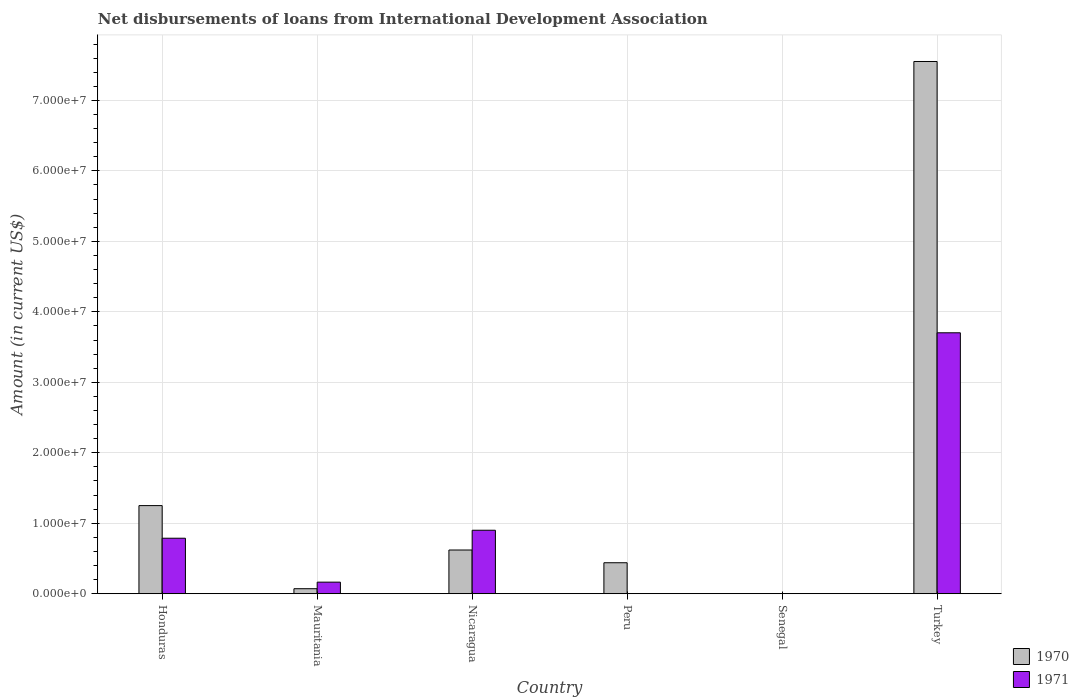
| Country | 1970 | 1971 |
 | --- | --- | --- |
 | Honduras | 1.25e+07 | 7.88e+06 |
 | Mauritania | 7.15e+05 | 1.64e+06 |
 | Nicaragua | 6.21e+06 | 9.01e+06 |
 | Peru | 4.4e+06 | -1.1e+06 |
 | Senegal | -5.1e+04 | -2.36e+05 |
 | Turkey | 7.55e+07 | 3.7e+07 |